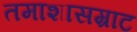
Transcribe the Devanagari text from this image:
तमाशासम्राट